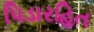
પિડારહિત